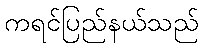
ကရင်ပြည်နယ်သည်